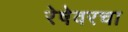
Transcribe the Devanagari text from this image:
रेषेवरचा